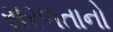
સરળતાનો